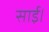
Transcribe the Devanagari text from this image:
साई।